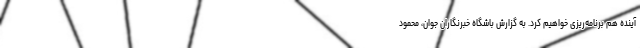
آینده هم برنامه‌ریزی خواهیم کرد. به گزارش باشگاه خبرنگاران جوان، محمود